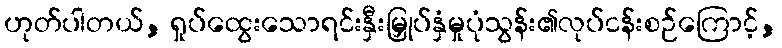
ဟုတ်ပါတယ်, ရှုပ်ထွေးသောရင်းနှီးမြှုပ်နှံမှုပုံသွန်း၏လုပ်ငန်းစဉ်ကြောင့်,